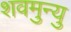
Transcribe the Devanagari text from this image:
शवमुन्यु